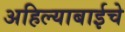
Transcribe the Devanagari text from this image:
अहिल्याबाईचे